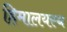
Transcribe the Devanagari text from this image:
हिमालयस्थ